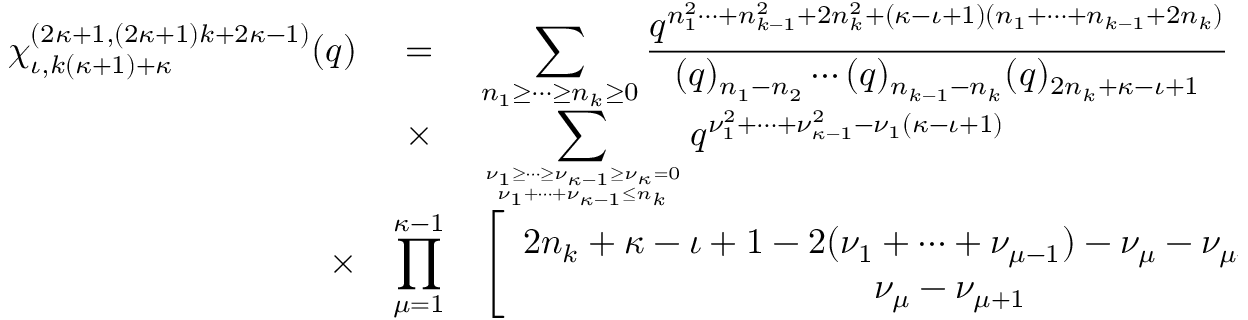
\begin{array} { r c l } { { \chi _ { \iota , k ( \kappa + 1 ) + \kappa } ^ { ( 2 \kappa + 1 , ( 2 \kappa + 1 ) k + 2 \kappa - 1 ) } ( q ) } } & { { = } } & { { \displaystyle \sum _ { n _ { 1 } \geq \cdots \geq n _ { k } \geq 0 } \frac { q ^ { n _ { 1 } ^ { 2 } \cdots + n _ { k - 1 } ^ { 2 } + 2 n _ { k } ^ { 2 } + ( \kappa - \iota + 1 ) ( n _ { 1 } + \cdots + n _ { k - 1 } + 2 n _ { k } ) } } { ( q ) _ { n _ { 1 } - n _ { 2 } } \cdots ( q ) _ { n _ { k - 1 } - n _ { k } } ( q ) _ { 2 n _ { k } + \kappa - \iota + 1 } } } } \\ { { } } & { { \times } } & { { \displaystyle \sum _ { \nu _ { 1 } \geq \cdots \geq \nu _ { \kappa - 1 } \geq \nu _ { \kappa } = 0 \atop \nu _ { 1 } + \cdots + \nu _ { \kappa - 1 } \leq n _ { k } } q ^ { \nu _ { 1 } ^ { 2 } + \cdots + \nu _ { \kappa - 1 } ^ { 2 } - \nu _ { 1 } ( \kappa - \iota + 1 ) } } } \\ { { \times } } & { { \displaystyle \prod _ { \mu = 1 } ^ { \kappa - 1 } } } & { { \displaystyle \left[ \begin{array} { c } { { 2 n _ { k } + \kappa - \iota + 1 - 2 ( \nu _ { 1 } + \cdots + \nu _ { \mu - 1 } ) - \nu _ { \mu } - \nu _ { \mu + 1 } - \alpha _ { \iota \mu } ^ { ( \kappa ) } } } \\ { { \nu _ { \mu } - \nu _ { \mu + 1 } } } \end{array} \right] _ { q } . } } \end{array}